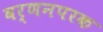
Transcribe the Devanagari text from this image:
वर्णनपरक